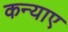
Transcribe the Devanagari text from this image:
कन्याए